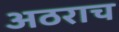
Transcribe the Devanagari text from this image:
अठराच